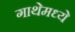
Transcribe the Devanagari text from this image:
गाथेमध्ये